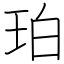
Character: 珀